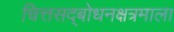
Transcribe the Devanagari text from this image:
चित्तसद्बोधनक्षत्रमाला